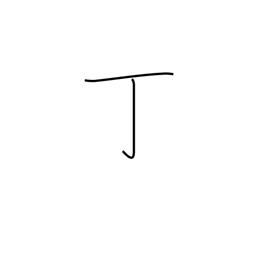
Meaning: counter for guns, tools, leaves or cakes of something